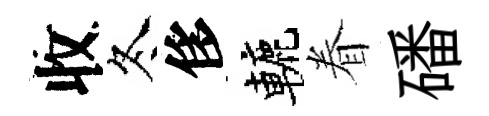
收冬侈轆眷磻